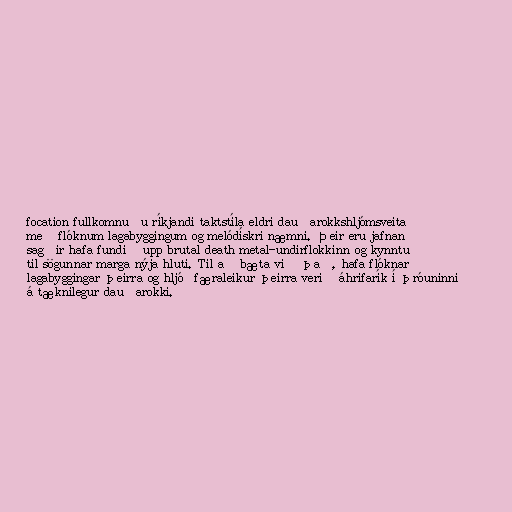
focation fullkomnuðu ríkjandi taktstíla eldri dauðarokkshljómsveita
með flóknum lagabyggingum og melódískri næmni. Þeir eru jafnan
sagðir hafa fundið upp brutal death metal-undirflokkinn og kynntu
til sögunnar marga nýja hluti. Til að bæta við það, hafa flóknar
lagabyggingar þeirra og hljóðfæraleikur þeirra verið áhrifarík í þróuninni
á tæknilegur dauðarokki.